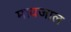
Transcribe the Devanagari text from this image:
मायजाल